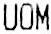
UOM